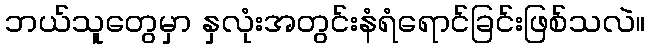
ဘယ်သူတွေမှာ နှလုံးအတွင်းနံရံရောင်ခြင်းဖြစ်သလဲ။